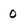
Character: 0